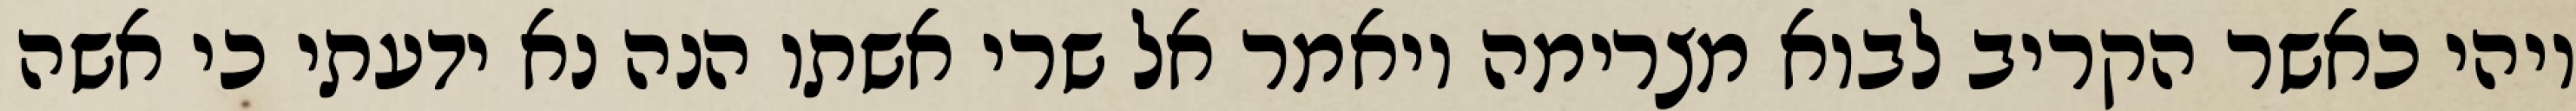
ויהי כאשר הקריב לבוא מצרימה ויאמר אל שרי אשתו הנה נא ידעתי כי אשה